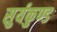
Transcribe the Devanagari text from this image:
सुर्यकुण्ड